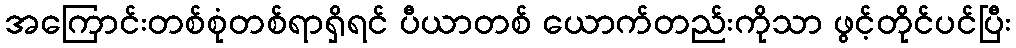
အကြောင်းတစ်စုံတစ်ရာရှိရင် ပီယာတစ် ယောက်တည်းကိုသာ ဖွင့်တိုင်ပင်ပြီး